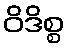
ဝိဒိစ္စ